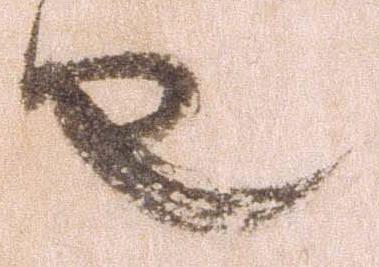
也